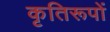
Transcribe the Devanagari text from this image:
कृतिरूपों